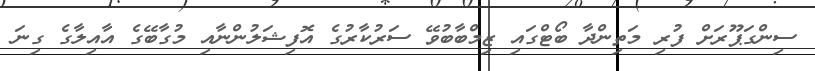
ސިންގަޕޫރަށް ފުރި މަތިންދާ ބޯޓްގައި ޒިމްބާބުވޭ ސަރުކާރުގެ އޮފިޝަލުންނާއި މުގާބޭގެ އާއިލާގެ ގިނަ